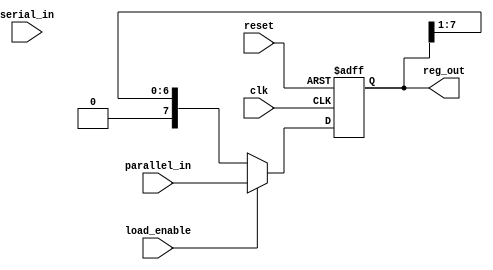
module ParameterizedShiftRegister #(
    parameter WIDTH = 8,           // Width of the shift register
    parameter SHIFT_DIR = 0       // 0 for right shift, 1 for left shift
) (
    input wire clk,                // Clock signal
    input wire reset,              // Asynchronous reset signal
    input wire serial_in,          // Serial input data (if using serial input)
    input wire [WIDTH-1:0] parallel_in, // Parallel input data (if using parallel input)
    input wire load_enable,        // Load enable signal for parallel input
    output reg [WIDTH-1:0] reg_out // Current output of the shift register
);

    always @(posedge clk or posedge reset) begin
        if (reset) begin
            reg_out <= {WIDTH{1'b0}}; // Reset register to 0
        end else begin
            if (load_enable) begin
                reg_out <= parallel_in; // Load parallel data
            end else begin
                if (SHIFT_DIR == 1) begin
                    // Shift left
                    reg_out <= {reg_out[WIDTH-2:0], 1'b0}; // Shift left and fill with 0
                end else begin
                    // Shift right
                    reg_out <= {1'b0, reg_out[WIDTH-1:1]}; // Shift right and fill with 0
                end
            end
        end
    end

endmodule